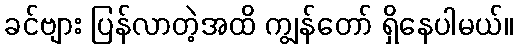
ခင်ဗျား ပြန်လာတဲ့အထိ ကျွန်တော် ရှိနေပါမယ်။